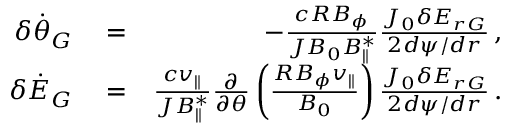
\begin{array} { r l r } { \delta \dot { \theta } _ { G } } & { { } = } & { - \frac { c R B _ { \phi } } { { \cal J } B _ { 0 } B _ { \parallel } ^ { * } } \frac { J _ { 0 } \delta E _ { r G } } { 2 d \psi / d r } \, , } \\ { \delta \dot { \cal E } _ { G } } & { { } = } & { \frac { c v _ { \parallel } } { { \cal J } B _ { \parallel } ^ { * } } \frac { \partial } { \partial \theta } \left( \frac { R B _ { \phi } v _ { \parallel } } { B _ { 0 } } \right) \frac { J _ { 0 } \delta E _ { r G } } { 2 d \psi / d r } \, . } \end{array}